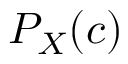
P _ { X } ( c )